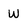
Character: w